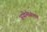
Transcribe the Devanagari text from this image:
अयोनीसंभव